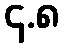
၄.၈